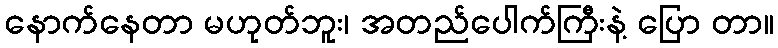
နောက်နေတာ မဟုတ်ဘူး၊ အတည်ပေါက်ကြီးနဲ့ ပြော တာ။